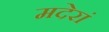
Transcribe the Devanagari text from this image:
मदेरां